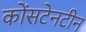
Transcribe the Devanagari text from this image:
कोंसटेनटीन